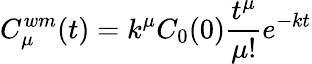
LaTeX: C_{\mu}^{wm}(t)=k^{\mu}C_{0}(0)\frac{t^{\mu}}{\mu!}e^{-kt}